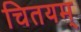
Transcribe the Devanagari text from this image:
चितयम्